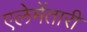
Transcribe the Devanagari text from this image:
एलेमेंतारी